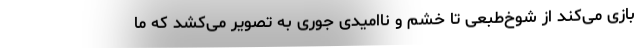
بازی می‌کند از شوخ‌طبعی تا خشم و ناامیدی جوری به تصویر می‌کشد که ما